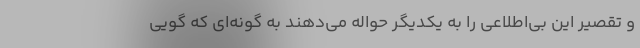
و تقصیر این بی‌اطلاعی را به یکدیگر حواله می‌دهند به گونه‌ای که گویی